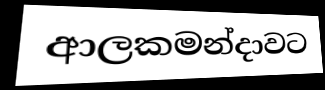
ආලකමන්දාවට